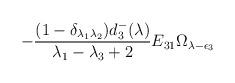
LaTeX: \begin{align*}-\frac{(1-\delta_{\lambda_1\lambda_2})d_3^-(\lambda)}{\lambda_1-\lambda_3+2}E_{31}\Omega_{\lambda-\epsilon_3}\end{align*}